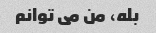
بله، من می توانم